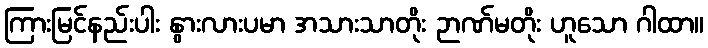
ကြားမြင်နည်းပါး နွားလားပမာ အသားသာတိုး ဉာဏ်မတိုး ဟူသော ဂါထာ။